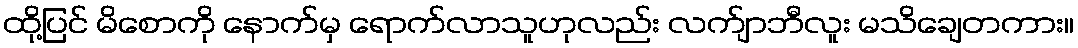
ထို့ပြင် မိစောကို နောက်မှ ရောက်လာသူဟုလည်း လက်ျာဘီလူး မသိချေတကား။